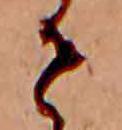
せ